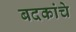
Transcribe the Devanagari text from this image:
बदकांचे